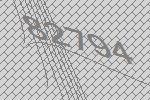
82794